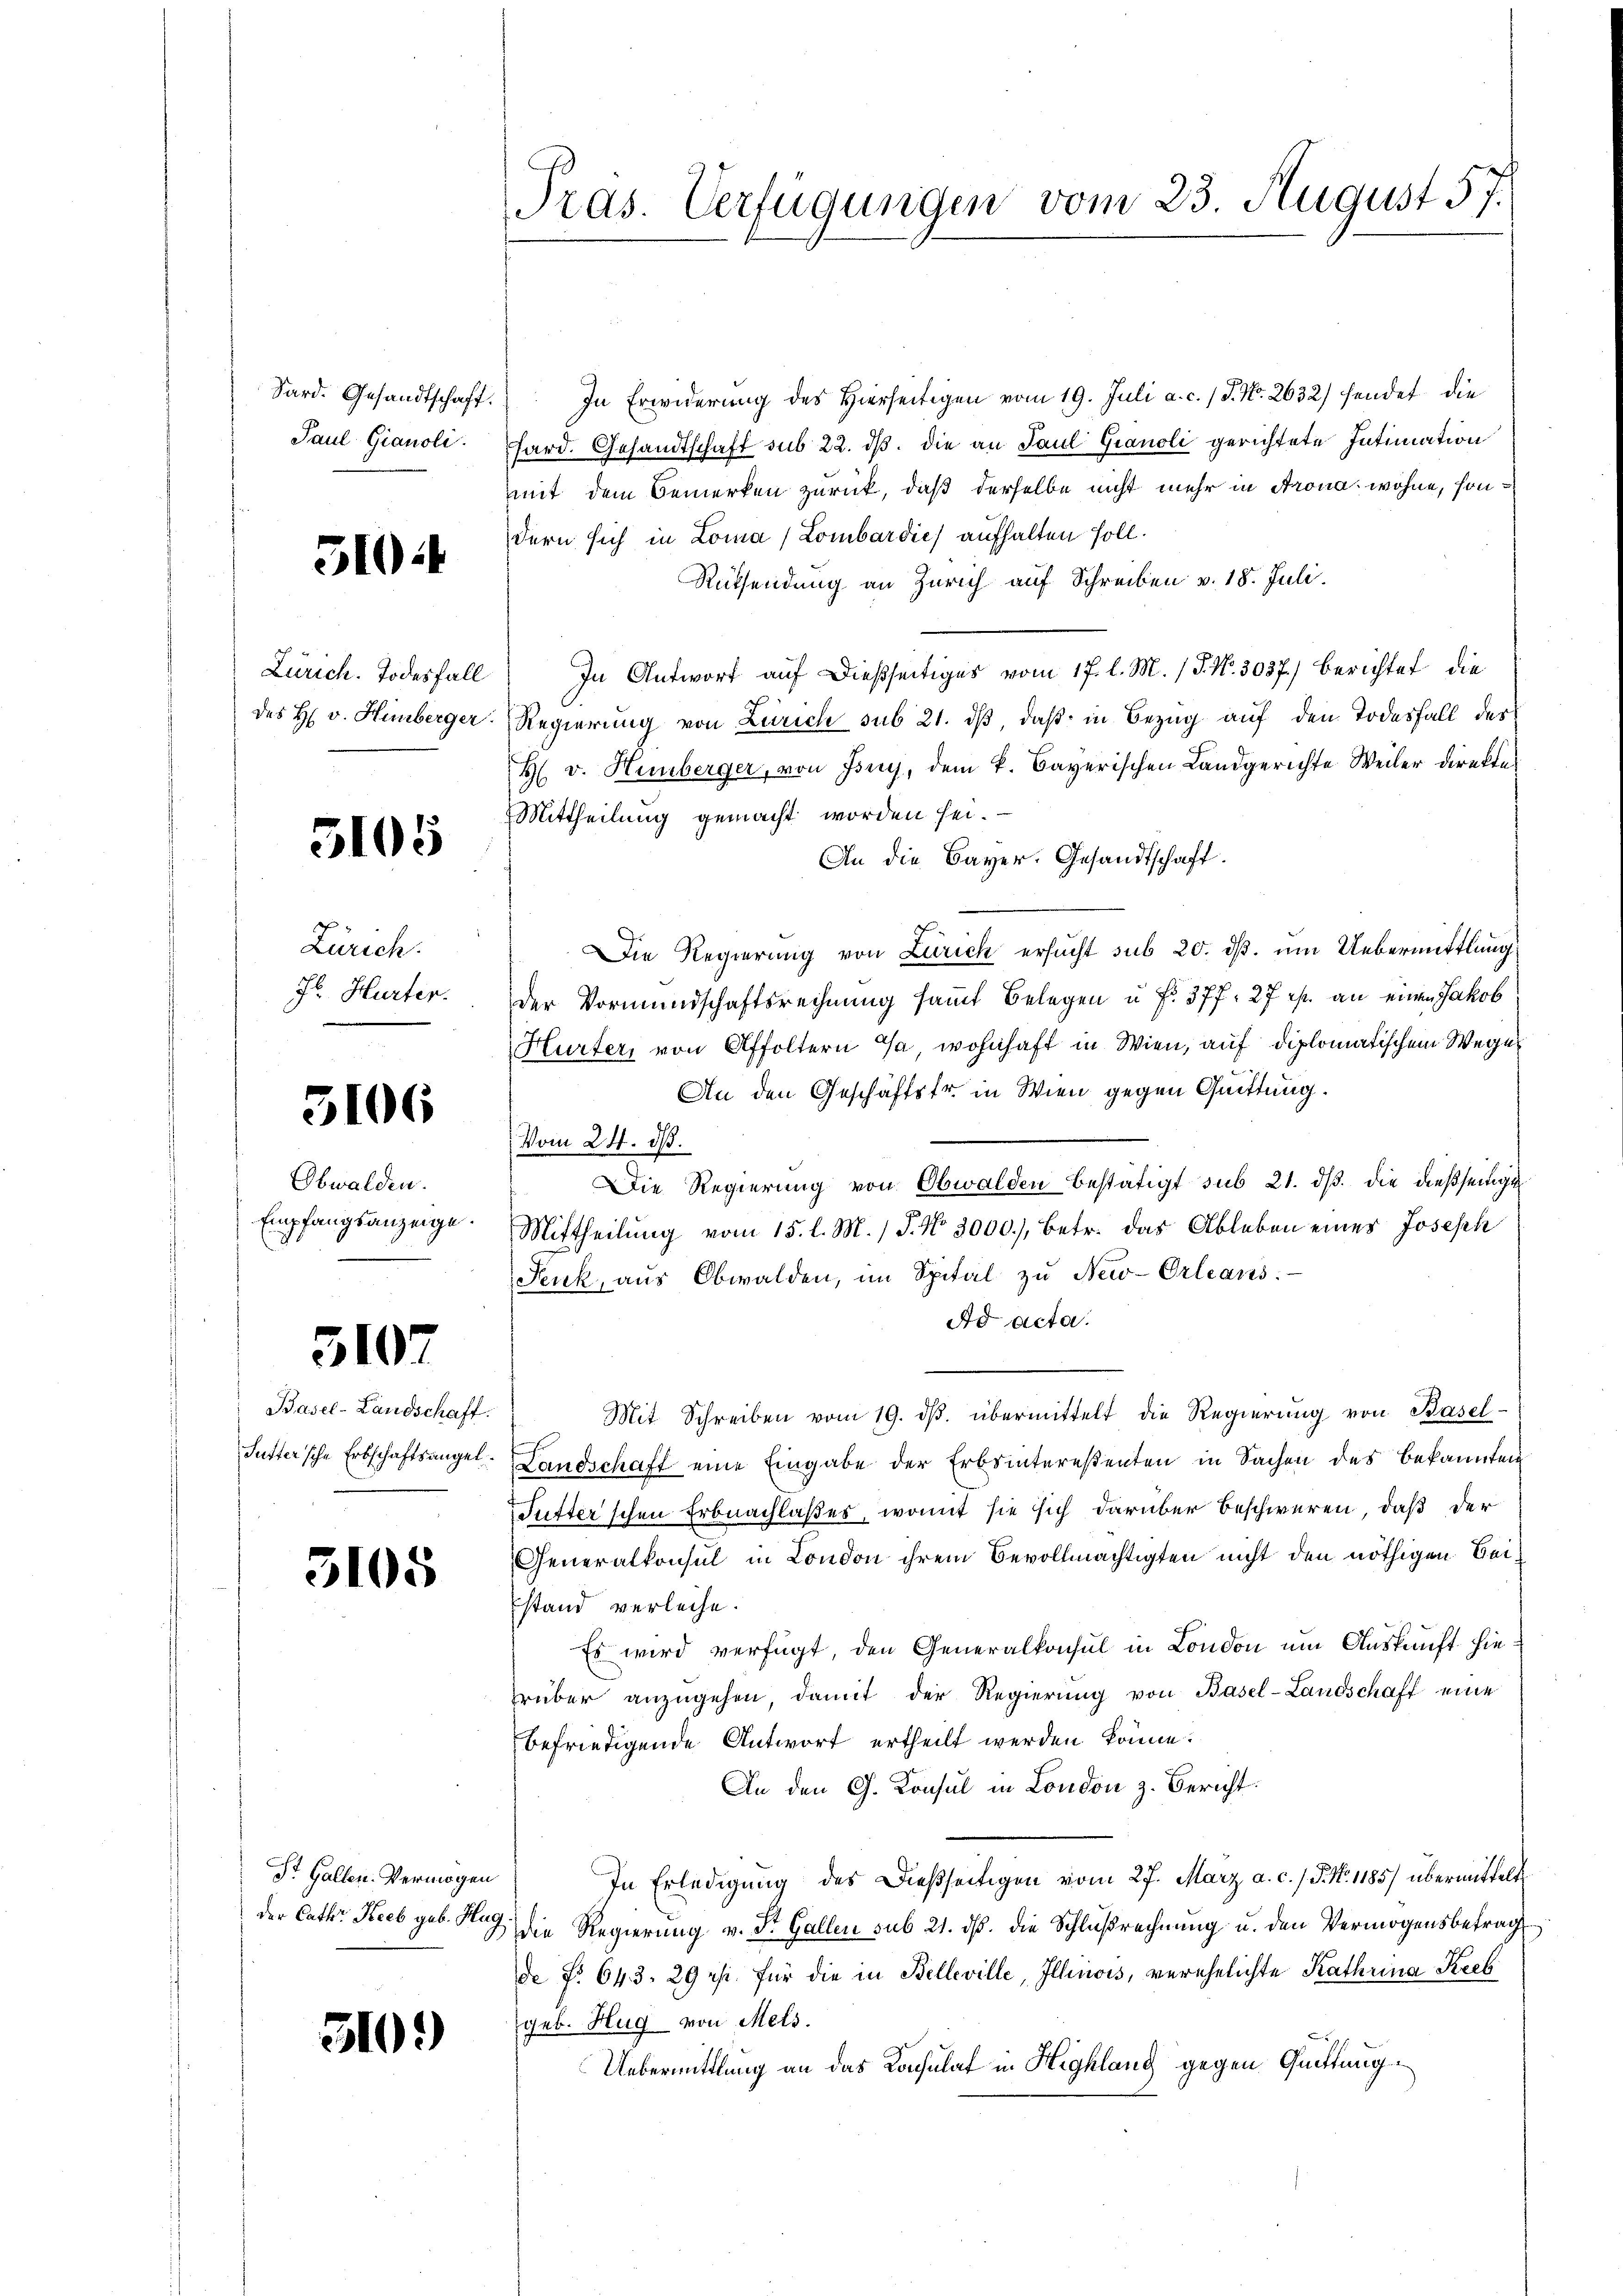
Sard. Gesandtschaft.
Paul Gianoli

510:4

Zürich. Todesfall
des H. v. Himberger.

5105

Zürich.
f. Hurter.

5106

Obwalden.
Empfangsanzeige.

5107

Basel-Landschaft.
Suttersche Erbschaftsangel¬

3105

St. Gallen. Vermögen
der Cathr. Keeb geb. Flug

510.)

Pras. Verfügungen vom 23. August 57.

In Erwiderung des Hierseitigen vom 19. Juli a. c. / 5. No. 2632) hendet die
hard. Gesandtschaft sub 22. ds. die an Paul Gianoli gerichtete Intimation
mmit dem Bemerken zurück, daß derselbe nicht mehr in Krona, wohne, sondern sich in Loma (Lombardie) aufhalten soll.
Rüksendung an Zürich auf Schreiben v. 18. Juli.
In Antwort auf dießseitiges vom 17. l. M. / P. Nr. 3037.) Berichtet die
Regierung von Zürich sub 21. dβ, daß in Bezug auf den Todesfall des
H. v. Hinberger, von Isey, dem k. Bayerischen Landgerichte Weiler direkte
Mittheilung gemacht worden sei.
An die Bayer. Gesandtschaft.
Die Regierung von Zürich ersucht sub 20. ds. um Uebermittlung
der Vormundschaftsrechnung samt Belegen u. fr. 37 f. 27 ist. an einen Jakob
Hurter, von Affoltern da wohnhaft in Wien, auf diplomatischem Weges
An den Geschäftsfr. in Wien gegen Quittung.
Vom 24. ds.
Die Regierung von Obwalden bestätigt sub 21. dβ die dießseitige
Mittheilung vom 15. l. M. / P. Nr. 3000.), Betr. das Ableben eines Joseph
Fenk, aus Obwalden, im Spital zu New-Orleans
Ad acta.
Mit Schreiben vom 19. dβ. übermittelt die Regierung von Basel-
Landschaft eine Eingabe der Erbsinterestenten in Sachen des bekannten
Tutter'schen Erbnachlaßes, womit sie sich darüber beschweren, daß der
Generalkonsul in London ihrem Bevollmächtigten nicht den nöthigen Beistand verleihe.
Es wird verfügt, den Generalkonsul in London um Auskunft hie
rüber anzŭgehen damit der Regierŭng von Basel-Landschaft eine
befriedigende Antwort ertheilt werden könne.
An den G. Konsul in London z. Bericht.
In Erledigung des Dießseitigen vom 27. März a. c. / 5. No. 1185) übermittelt
die Regierung v. Dr. Gallen sub 21. ds. die Schlußrechnung u. den Vermögensbetrag
de Fr. 643. 29 uhr. für die in Belleville, Illinois, verehelichte Kathrina Kreb
geb. Hug von Mels.
Uebermittlung an das Konsulat in Highlang gegen Quittung